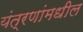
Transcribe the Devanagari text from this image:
यंत्रणांमधील